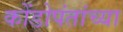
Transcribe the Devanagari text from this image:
कोंडोपंतांच्या